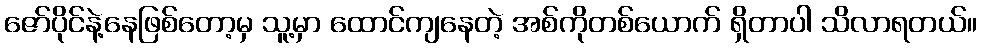
ဇော်ပိုင်နဲ့နေဖြစ်တော့မှ သူ့မှာ ထောင်ကျနေတဲ့ အစ်ကိုတစ်ယောက် ရှိတာပါ သိလာရတယ်။